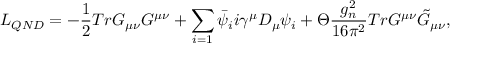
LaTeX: { \cal L } _ { Q N D } = - \frac { 1 } { 2 } T r G _ { \mu \nu } G ^ { \mu \nu } + \sum _ { i = 1 } \bar { \psi } _ { i } i \gamma ^ { \mu } D _ { \mu } \psi _ { i } + \Theta \frac { g _ { n } ^ { 2 } } { 1 6 \pi ^ { 2 } } T r G ^ { \mu \nu } \tilde { G } _ { \mu \nu } ,